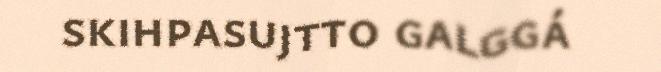
skihpasujtto galggá